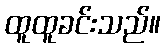
ထူထူခင်းသည်။